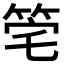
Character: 𥭌